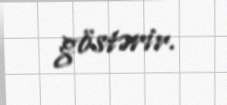
göstərir.